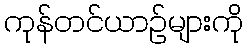
ကုန်တင်ယာဉ်များကို